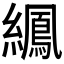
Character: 𫄍